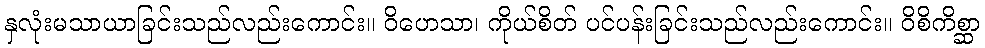
နှလုံးမသာယာခြင်းသည်လည်းကောင်း။ ဝိဟေသာ၊ ကိုယ်စိတ် ပင်ပန်းခြင်းသည်လည်းကောင်း။ ဝိစိကိစ္ဆာ